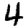
Digit: 4